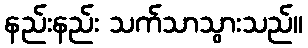
နည်းနည်း သက်သာသွားသည်။